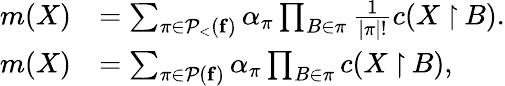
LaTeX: \begin{array}{rl}{m(X)}&{=\sum_{\pi\in\mathcal P_{<}({\mathbf{f}})}\alpha_{\pi}\prod_{B\in\pi}\frac{1}{|\pi|!}c(X\mathbin{\upharpoonright}B).}\\ {m(X)}&{=\sum_{\pi\in\mathcal P({\mathbf{f}})}\alpha_{\pi}\prod_{B\in\pi}c(X\mathbin{\upharpoonright}B),}\end{array}